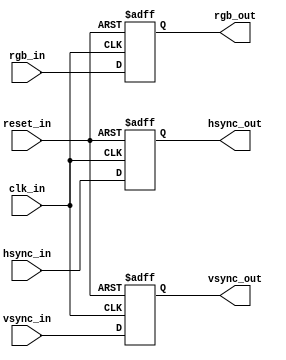
module CRTC_IOB
(
    reset_in,
    clk_in,
    hsync_in,
    vsync_in,
    rgb_in,
    hsync_out,
    vsync_out,
    rgb_out
) ;

input   reset_in,
        clk_in ;

input   hsync_in,
        vsync_in ;

input   [15:4]  rgb_in ;

output          hsync_out,
                vsync_out ;
output  [15:4]  rgb_out ;

reg             hsync_out,
                vsync_out ;

reg     [15:4]  rgb_out ;

always@(posedge clk_in or posedge reset_in)
begin
    if ( reset_in )
    begin
        hsync_out <= #1 1'b0 ;
        vsync_out <= #1 1'b0 ;
        rgb_out   <= #1 12'h000 ;
    end
    else
    begin
        hsync_out <= #1 hsync_in ;
        vsync_out <= #1 vsync_in ;
        rgb_out   <= #1 rgb_in ;
    end
end
endmodule